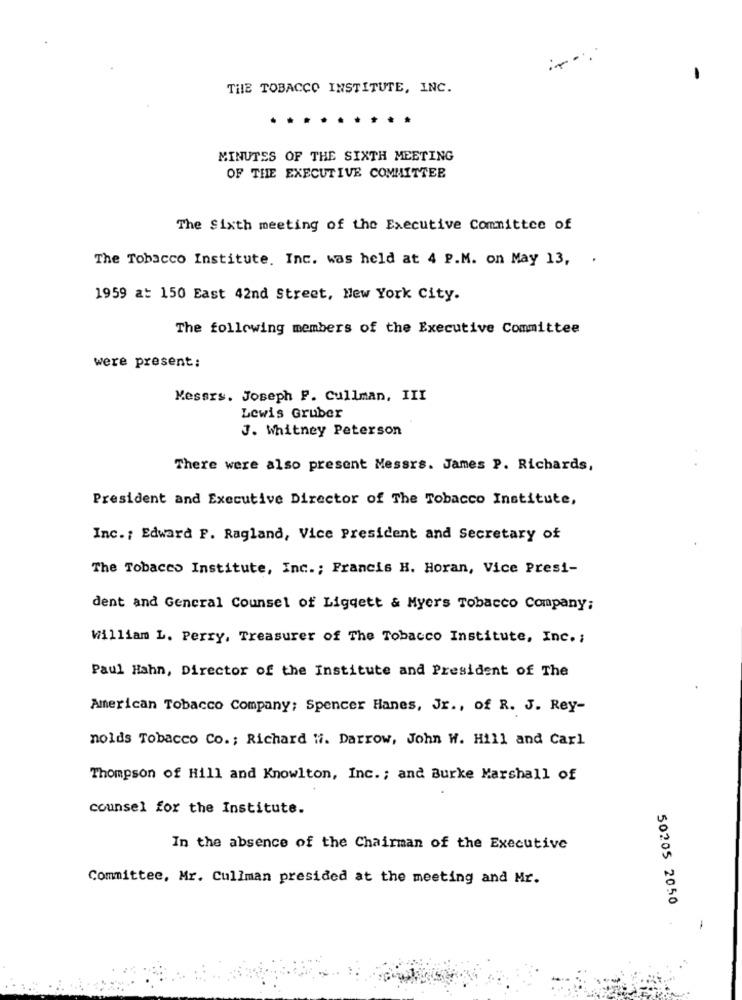
THE TOBACCO INSTITUTE, INC.
MINUTES OF THE SIXTH MEETING
OF THE EXECUTIVE COMMITTEE
The Sixth meeting of the Executive Committee of
The Tobacco Institute. Inc. was held at 4 P.M. on May 13, .
1959 a: 150 East 42nd Street, New York City.
The following members of the Executive Committee
were present:
Messrs. Joseph P. Cullman, III
Lewis Gruber
J. Whitney Peterson
There were also present Messrs. James P. Richards,
President and Executive Director of The Tobacco Institute,
Inc .; Edward F. Ragland, Vice President and Secretary of
The Tobacco Institute, Inc .; Francis H. Horan, Vice Presi-
dent and General Counsel of Liggett & Myers Tobacco Company;
William L. Perry, Treasurer of The Tobacco Institute, Inc. ;
Paul Hahn, Director of the Institute and President of The
American Tobacco Company; Spencer Hanes, Jr ., of R. J. Rey-
nolds Tobacco Co .; Richard Wi. Darrow, John W. Hill and Carl
Thompson of Hill and Knowlton, Inc .; and Burke Marshall of
counsel for the Institute.
In the absence of the Chairman of the Executive
Committee, Mr. Cullman presided at the meeting and Mr.
50205 2050